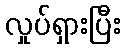
လှုပ်ရှားပြီး